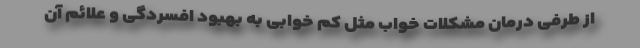
از طرفی درمان مشکلات خواب مثل کم خوابی به بهبود افسردگی و علائم آن